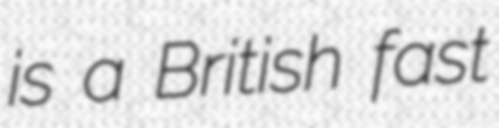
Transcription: is a British fast